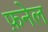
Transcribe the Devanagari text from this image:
फ़नेल